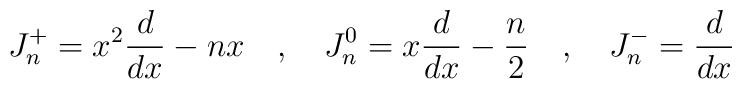
J^+_n = x^2{d \over {d x}} - nx\quad ,\quad  J^0_n = x{d \over{d x}}-{n\over 2}\quad , \quad J^-_n = {d \over  {d x}}